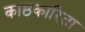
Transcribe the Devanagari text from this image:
काष्ठकारिता